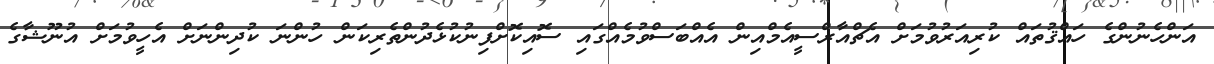
އަންހެނުންގެ ހައްޤުތައް ކުރިއަރުވުމަށް އެޗްއާރްސީއެމްއިން އެއްބަސްވުމެއްގައި ސޮއިކޮށްފިނުކުޅެދުންތެރިކަން ހުންނަ ކުދިންނަށް އެހީވުމަށް އުނޫޝާގެ